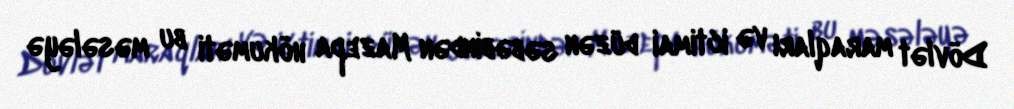
Dövlət maraqları və ictimai düzən səbəbindən Mazepa hökuməti bu məsələyə